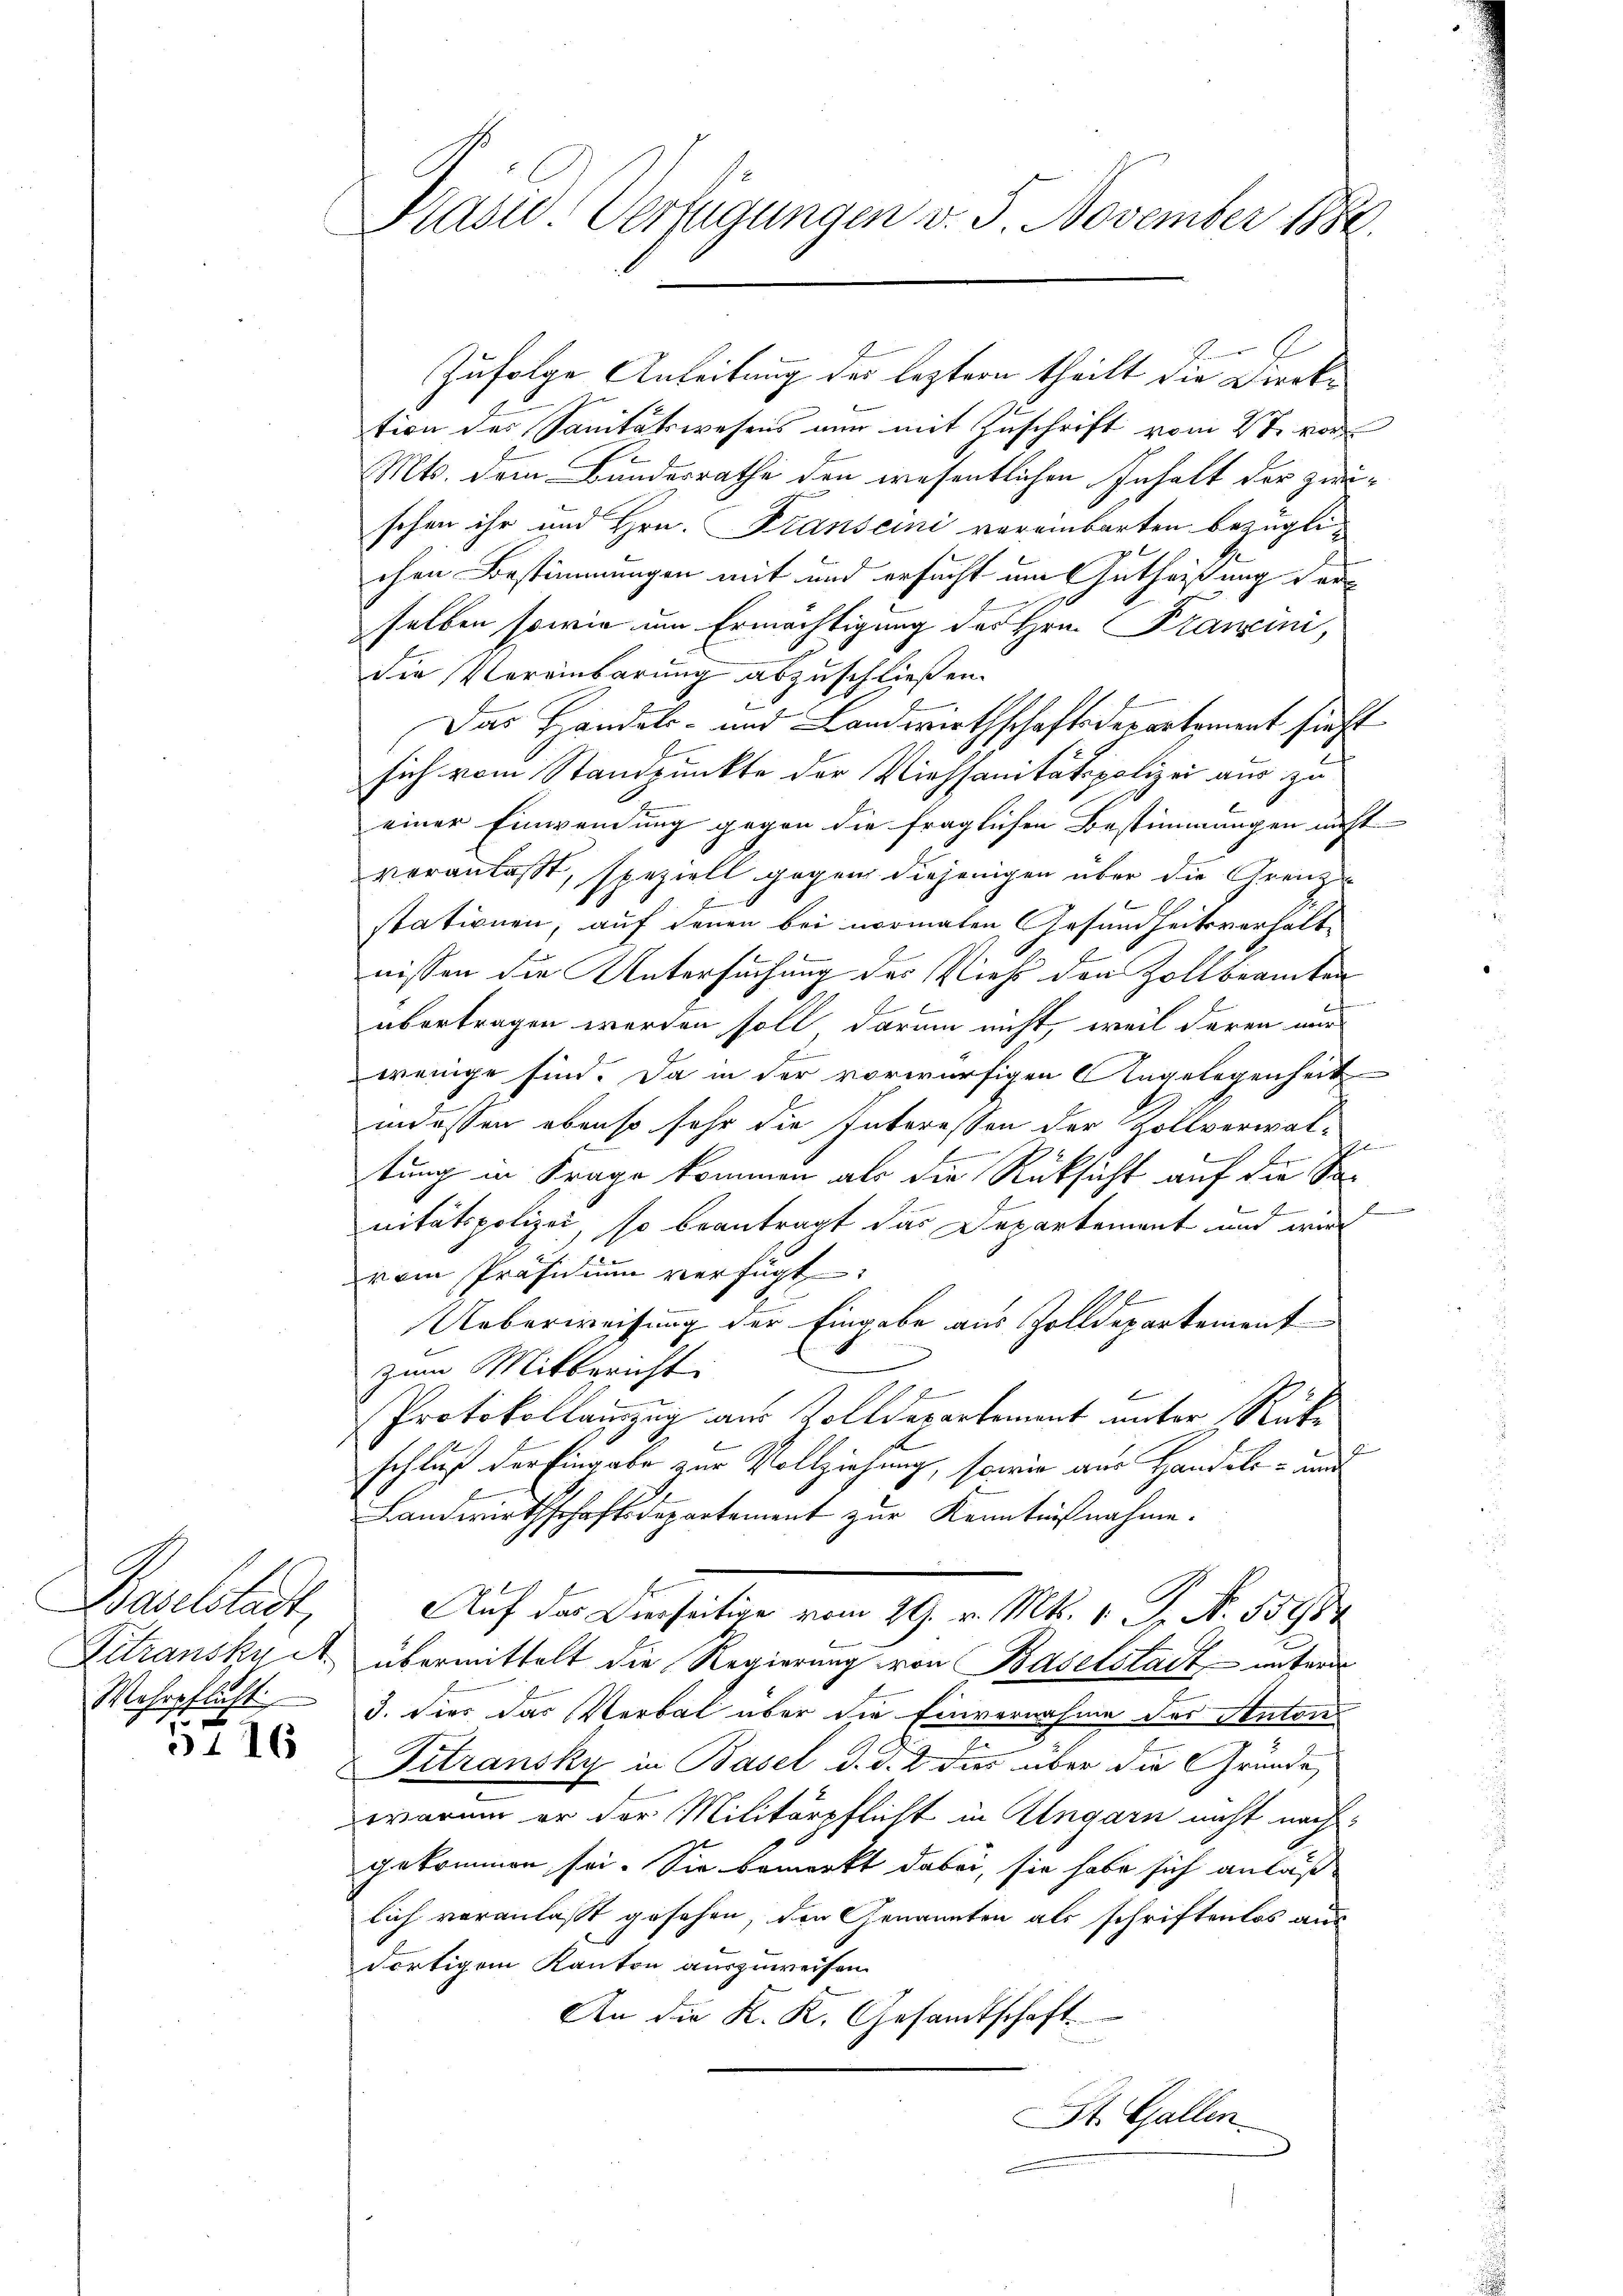
Seite
Pitzanskult
Wehrpflicht

5116

d
1

Kaswo Verfügungen v. 5. November 1882

Zufolge Anleitung der leztern theilt die Direktion des Sanitätswesens nun mit Zuschrift vom 2ten vor
Mts. dem Bundesrathe den wesentlichen Inhalt der zeischen ihr und Hrn. Franscini vereinbarten bezüglichen Bestimmungen mit und ersucht um Gutheißung der
selben sowie um Ermächtigung des Hrn. Francini,
die Vereinbarung abzuschließen.
Das Handels- und Landwirthschaftsdepartement sieht
sich vom Standpunkte der Viehsanitätspolizei aus zu
einer Einwendung gegen die fraglichen Bestimmungen nicht
veranlasst, speziell gegen diejenigen über die Grenz
stationen, auf denen bei normalen Gesundheitsverhältnissen die Untersuchung des Vieh den Zollbeamten
übertragen werden soll darum nicht, weil deren nur
wenige sind. Da in der vorwürfigen Angelegenheit
indessen ebenso sehr die Interessen der Zollverwal-
2
f
tung in Frage kommen als die Rücksicht auf die So
f
nitätspolizei, so beantragt das Departement und wird
vom Präsidium verfügt:
Ueberweisung der Eingabe aus Zolldepartement
zum Mitbericht:
f
Protokollanzug aus Zolldepartement unter Rücke
z
schluß der Eingabe zur Vollziehung, sowie aus Handels- und
Landwirthschaftsdepartement zur Kenntnißnahme.
Auf das Dierseitige vom 29. v. Mts. 1. J. N. 554/8
übermittelt die Regierung von Baselstadt unterm
3. Hier das Verbal über die Einvernahme des Autor
Titzansky in Basel d. d. 2 dies über die Gründe,
warum er der Militärpflicht in Angarn nicht nach
gekommen sei. Sie bemerkt dabei, sie habe sich anläß
lich veranlaßt gesehen, den Genannten als schriftenlos aus
dortigem Kanton auszuweisen.
An die K. K. Gesandtschaft.
n
St. Gallen